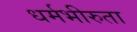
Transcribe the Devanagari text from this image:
धर्मभीरुता